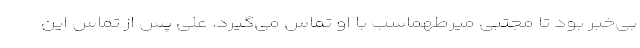
بی‌خبر بود تا مجتبی میرطهماسب با او تماس می‌گیرد. علی پس از تماس این